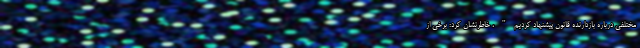
مختلفی درباره بازدارنده قانون پیشنهاد کردیم"، خاطرنشان کرد: برخی از